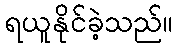
ရယူနိုင်ခဲ့သည်။